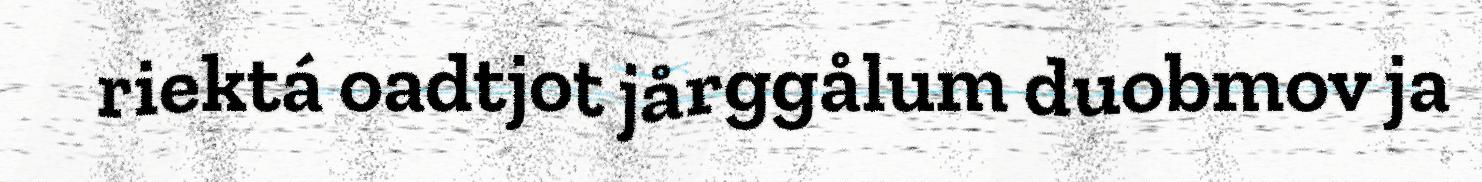
riektá oadtjot jårggålum duobmov ja